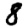
Digit: 8